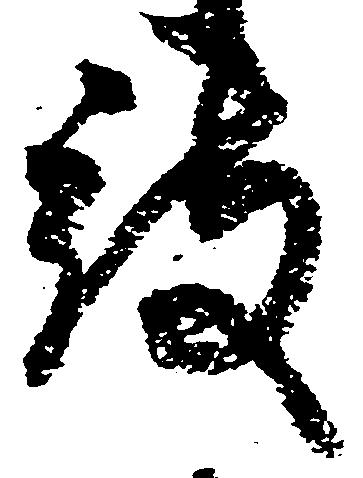
被